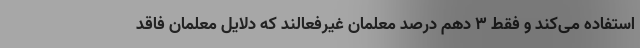
استفاده می‌کند و فقط ۳ دهم درصد معلمان غیرفعالند که دلایل معلمان فاقد